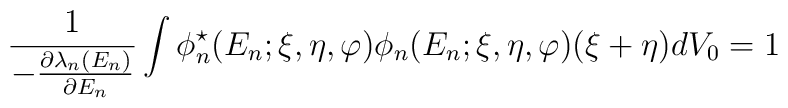
\frac{1}{-\frac{\partial \lambda_{n}(E_{n})}{\partial E_{n}}}\int \phi_{n}^{\star}(E_{n}; \xi,\eta,\varphi )\phi_{n}(E_{n}; \xi,\eta,\varphi )(\xi + \eta )dV_{0} = 1